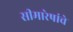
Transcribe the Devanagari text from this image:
सीमारेषांचे